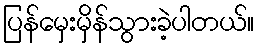
ပြန်မှေးမှိန်သွားခဲ့ပါတယ်။